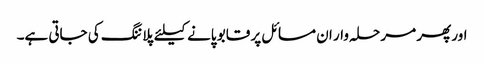
اور پھر مرحلہ وار ان مسائل پر قابو پانے کیلئے پلاننگ کی جاتی ہے۔